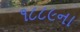
૧૮૮૯ના